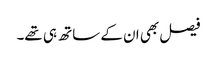
فیصل بھی ان کے ساتھ ہی تھے۔